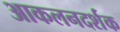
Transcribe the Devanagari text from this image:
आकलनदर्शक